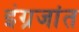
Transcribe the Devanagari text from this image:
इंग्रजांत